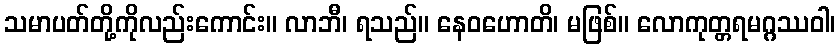
သမာပတ်တို့ကိုလည်းကောင်း။ လာဘီ၊ ရသည်။ နေဝဟောတိ၊ မဖြစ်။ လောကုတ္တရမဂ္ဂဿဝါ၊